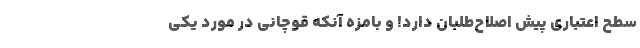
سطح اعتباری پیش اصلاح‌طلبان دارد! و بامزه آنکه قوچانی در مورد یکی